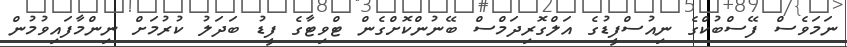
ނަމަވެސް ފޭސްބުކްގެ ނިއުސްފީޑުގެ އަލްގޮރިދަމްސް ބޭނުންކޮށްގެން ޓްވިޓާގެ ފީޑު ބަދަލު ކުރުމަށް ނިންމާފައިވުމުން